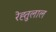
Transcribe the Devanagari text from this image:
रेह्तुलाल